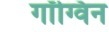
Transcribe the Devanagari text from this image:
गॉग्विन